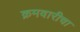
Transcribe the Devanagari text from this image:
क्रमवारीचा